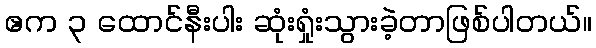
ဧက ၃ ထောင်နီးပါး ဆုံးရှုံးသွားခဲ့တာဖြစ်ပါတယ်။